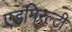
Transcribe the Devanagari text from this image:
एडमिरल्‍टी